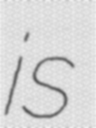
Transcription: is